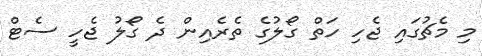
މި މެޗުގައި ޖެހި ހަތް ގޯލުގެ ތެރެއިން ދެ ގޯލު ޖެހީ ސެޓް